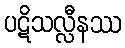
ပဋိသလ္လီနဿ